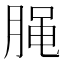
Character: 𰮭